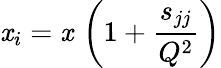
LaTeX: \mathit{x}_{i}=\mathit{x}\, \left(1+\frac{{{s_{jj}}}}{{Q^{2}}}\right)